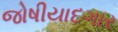
જોષીયાદગાર